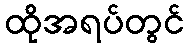
ထိုအရပ်တွင်